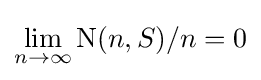
\lim _{n\to \infty }\mathrm {N} (n,S)/n=0